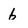
Character: b